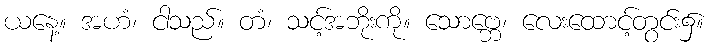
ယနေ့။ အဟံ၊ ငါသည်။ တံ၊ သင့်အဘိုးကို။ သောဗ္ဘေ၊ လေးထောင့်တွင်း၌။